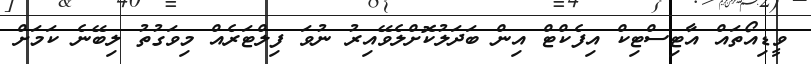
ވީޑިއޯތައް އާޓިސްޓިކް އިފެކްޓް އިން ބަދަލުކޮށްލެވޭއިރު ނުވަ ފިލްޓަރެއް މިވަގުތު ލިބޭނެ ކަމަށް